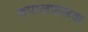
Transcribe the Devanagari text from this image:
कपालफलक